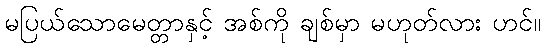
မပြယ်သောမေတ္တာနှင့် အစ်ကို ချစ်မှာ မဟုတ်လား ဟင်။